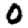
Digit: 0